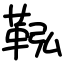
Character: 鞃